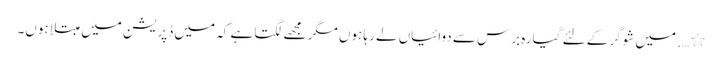
٭ …. میں شوگر کے لئے گیارہ برس سے دوائیاں لے رہا ہوں مگر مجھے لگتا ہے کہ میں ڈپریشن میں مبتلاہوں۔